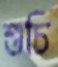
শুচি